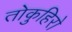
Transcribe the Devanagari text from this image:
तोकुहिरो